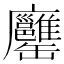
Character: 𦉨